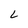
Character: L